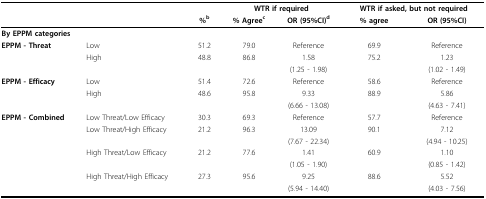
<table><thead><tr><td></td><td></td><td></td><td colspan="2"><b>WTR if required</b></td><td colspan="2"><b>WTR if asked, but not required</b></td></tr><tr><td></td><td></td><td><b>%<sup>b</sup></b></td><td><b>% Agree<sup>c</sup></b></td><td><b>OR (95%CI)<sup>d</sup></b></td><td><b>% agree</b></td><td><b>OR (95%CI)</b></td></tr></thead><tbody><tr><td colspan="2"><b>By EPPM categories</b></td><td></td><td></td><td></td><td></td><td></td></tr><tr><td><b>EPPM - Threat</b></td><td>Low</td><td>51.2</td><td>79.0</td><td>Reference</td><td>69.9</td><td>Reference</td></tr><tr><td></td><td>High</td><td>48.8</td><td>86.8</td><td>1.58</td><td>75.2</td><td>1.23</td></tr><tr><td></td><td></td><td></td><td></td><td>(1.25 - 1.98)</td><td></td><td>(1.02 - 1.49)</td></tr><tr><td><b>EPPM - Efficacy</b></td><td>Low</td><td>51.4</td><td>72.6</td><td>Reference</td><td>58.6</td><td>Reference</td></tr><tr><td></td><td>High</td><td>48.6</td><td>95.8</td><td>9.33</td><td>88.9</td><td>5.86</td></tr><tr><td></td><td></td><td></td><td></td><td>(6.66 - 13.08)</td><td></td><td>(4.63 - 7.41)</td></tr><tr><td><b>EPPM - Combined</b></td><td>Low Threat/Low Efficacy</td><td>30.3</td><td>69.3</td><td>Reference</td><td>57.7</td><td>Reference</td></tr><tr><td></td><td>Low Threat/High Efficacy</td><td>21.2</td><td>96.3</td><td>13.09</td><td>90.1</td><td>7.12</td></tr><tr><td></td><td></td><td></td><td></td><td>(7.67 - 22.34)</td><td></td><td>(4.94 - 10.25)</td></tr><tr><td></td><td>High Threat/Low Efficacy</td><td>21.2</td><td>77.6</td><td>1.41</td><td>60.9</td><td>1.10</td></tr><tr><td></td><td></td><td></td><td></td><td>(1.05 - 1.90)</td><td></td><td>(0.85 - 1.42)</td></tr><tr><td></td><td>High Threat/High Efficacy</td><td>27.3</td><td>95.6</td><td>9.25</td><td>88.6</td><td>5.52</td></tr><tr><td></td><td></td><td></td><td></td><td>(5.94 - 14.40)</td><td></td><td>(4.03 - 7.56)</td></tr></tbody></table>